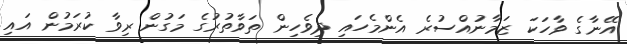
އޭނާގެ ވާހަކަ ޒަމާނުއްސުރެ އެންމެހައި ދިވެހިން ތަވާތުރުގެ މަގުން ރިވާ ކުރަމުން އައި